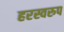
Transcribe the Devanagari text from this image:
हरस्वरुप